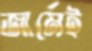
জার্মেই